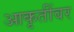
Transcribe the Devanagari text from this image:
आकृतींवर